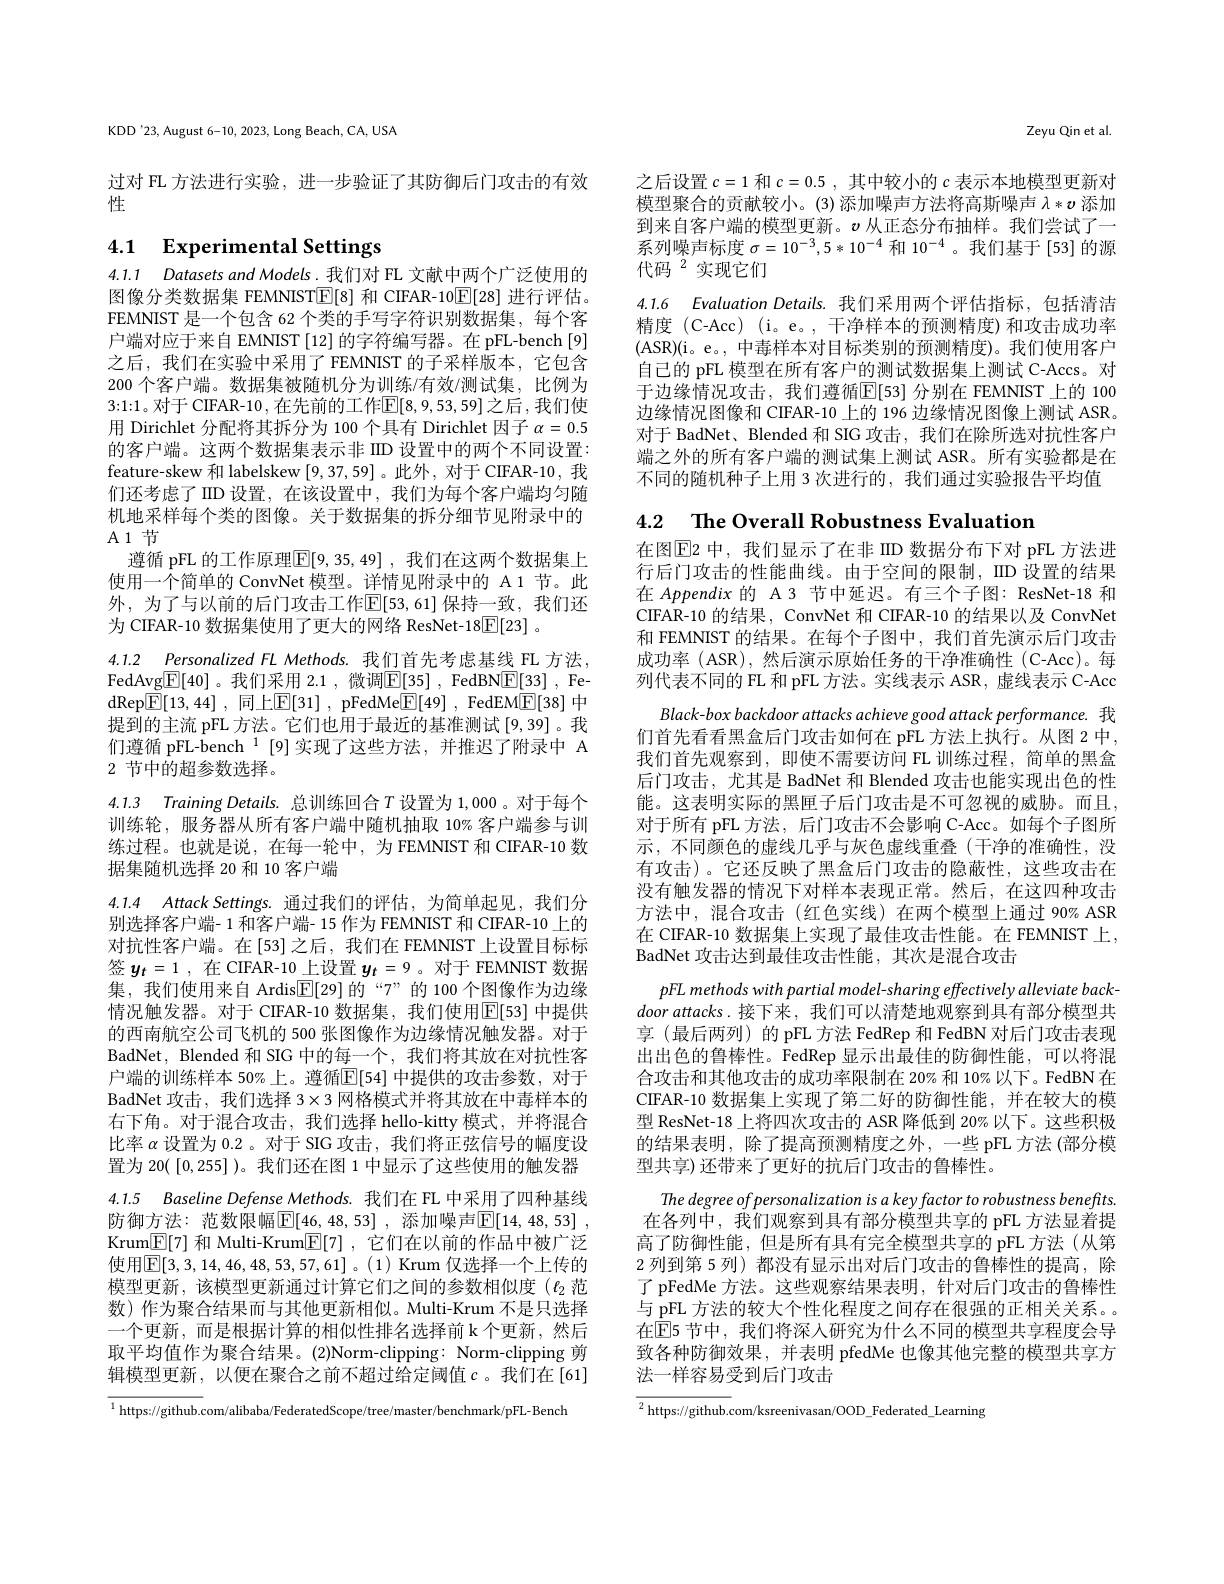
KDD'23, August 6-10, 2023, Long Beach, CA, USA

过对 FL 方法进行实验，进一步验证了其防御后门攻击的有效
性

# 4.1 Experimental Settings

4.1.1 Datasets and Models. 我们对 FL 文献中两个广泛使用的图像分类数据集 FEMNIST$\boxed{\mathbb{E}[8]}$和 CIFAR-10$\boxed{\mathbb{E}[28]}$进行评估。FEMNIST 是一个包含 62 个类的手写字符识别数据集，每个客户端对应于来自 EMNIST [12] 的字符编写器。在 pFL-bench [9] 之后，我们在实验中采用了 FEMNIST 的子采样版本，它包含200 个客户端。数据集被随机分为训练/有效/测试集，比例为3:1:1。对于 CIFAR-10 , 在先前的工作$\mathbb{E}[8,9,53,59]$ 之后 ,我们使用 Dirichlet 分配将其拆分为 100 个具有 Dirichlet 因子$\alpha=0.5$ 的客户端。这两个数据集表示非 IID 设置中的两个不同设置： feature-skew 和 labelskew [9,37,59] 。此外 ,对于 CIFAR-10 , 我们还考虑了 IID 设置，在该设置中，我们为每个客户端均匀随机地采样每个类的图像。关于数据集的拆分细节见附录中的A1节

遵循 pFL 的工作原理$\boxed{\mathbb{F}}[9,35,49]$ ,我们在这两个数据集上使用一个简单的 ConvNet 模型。详情见附录中的 A1 节。此外，为了与以前的后门攻击工作$\mathbb{E}[53,61]$ 保持一致，我们还为 CIFAR-10 数据集使用了更大的网络 ResNet-18$\boxed{\mathrm{F}}[23]$ 。

4.1.2 Personalized FL Methods.我们首先考虑基线 FL 方法， FedAvg$\boxed{\mathbb{E}}[40]$ 。我们采用 2.1 ,微调$\boxed{\mathbb{E}}[35]$ , FedBN$\boxed{\mathbb{E}}[33]$ , FedRep$\boxed{\mathrm{F} }[ 13, 44]$ , 同上$\boxed{\mathrm{F} }[ 31]$ , pFedMe$\boxed{\mathrm{F} }[ 49]$ , FedEM$\boxed{\mathrm{F}}[38]$ 中提到的主流 pFL 方法。它们也用于最近的基准测试[9,39]。我们遵循 pFL-bench $^{1}$ [9]实现了这些方法，并推迟了附录中 A 2 节中的超参数选择。

4.1.3 Training Details. 总训练回合$T$ 设置为 1,000 。对于每个训练轮，服务器从所有客户端中随机抽取 10% 客户端参与训练过程。也就是说，在每一轮中，为 FEMNIST 和 CIFAR-10 数据集随机选择 20 和 10 客户端

4.1.4 Attack Settings. 通过我们的评估，为简单起见，我们分别选择客户端- 1 和客户端- 15 作为 FEMNIST 和 CIFAR-10 上的对抗性客户端。在[53]之后，我们在 FEMNIST 上设置目标标签$y_t=1$,在 CIFAR-10\_上设置 $y_t=9$。对于 FEMNIST 数据集，我们使用来自 Ardis$\underline{\mathbb{E}}[29]$的“7”的 100 个图像作为边缘情况触发器。对于 CIFAR-10 数据集，我们使用$\overline{\mathbb{E}}[53]$ 中提供的西南航空公司飞机的 500 张图像作为边缘情况触发器。对于BadNet, Blended 和 SIG 中的每一个，我们将其放在对抗性客户端的训练样本 50%上。遵循$\overline{\mathbb{E}}[54]$ 中提供的攻击参数，对于BadNet 攻击，我们选择$3\times3$网格模式并将其放在中毒样本的右下角。对于混合攻击，我们选择 hello-kitty 模式，并将混合比率$\alpha$设置为 0.2 。对于 SIG 攻击，我们将正弦信号的幅度设置为 20( [0,255] )。我们还在图 1 中显示了这些使用的触发器4.1.5 Baseline Defense Methods. 我们在 FL 中采用了四种基线

防御方法：范数限幅$\boxed{[ }46, 48, 53]$ , 添加噪声$\boxed{\mathbb{E} }[ 14, 48, 53]$ , Krum$\boxed{\mathbb{E}}[7]$和 Multi-Krum$\boxed{\mathbb{F}}[7]$,它们在以前的作品中被广泛使用$\overline{\mathbb{E}}[3,3,14,46,48,53,57,61]$。(1) Krum 仅选择一个上传的模型更新，该模型更新通过计算它们之间的参数相似度($\ell_2$范数) 作为聚合结果而与其他更新相似。Multi-Krum 不是只选择一个更新，而是根据计算的相似性排名选择前 k 个更新，然后取平均值作为聚合结果。(2)Norm-clipping: Norm-clipping 剪辑模型更新，以便在聚合之前不超过给定阈值$c$ 。我们在 [61]

$^{1}$https://github.com/alibaba/FederatedScope/tree/master/benchmark/pFL-Bench

Zeyu Qin et al.

之后设置$c=1$和$c=0.5$,其中较小的$c$表示本地模型更新对模型聚合的贡献较小。(3) 添加噪声方法将高斯噪声$\lambda*\boldsymbol{\upsilon}$添加到来自客户端的模型更新。$v$从正态分布抽样。我们尝试了一系列噪声标度$\sigma=10^{-3},5*10^{-4}$和$10^{-4}$ 。我们基于[53] 的源代码$^{2}$实现它们
4.1.6 Evaluation Details.我们采用两个评估指标，包括清洁精度 (C-Acc) (i。e。, 干净样本的预测精度) 和攻击成功率(ASR)(i。e。, 中毒样本对目标类别的预测精度)。我们使用客户自己的 pFL 模型在所有客户的测试数据集上测试 C-Accs。对于边缘情况攻击，我们遵循$\overline{\mathbb{E}}[53]$ 分别在 FEMNIST 上的 100边缘情况图像和 CIFAR-10 上的 196 边缘情况图像上测试 ASR。对于 BadNet、Blended 和 SIG 攻击，我们在除所选对抗性客户端之外的所有客户端的测试集上测试 ASR。所有实验都是在不同的随机种子上用 3 次进行的，我们通过实验报告平均值

4.2 The Overall Robustness Evaluation

在图$\overline{\mathrm{E}}$2 中，我们显示了在非 IID 数据分布下对 pFL 方法进行后门攻击的性能曲线。由于空间的限制，IID 设置的结果在 Appendix 的 A 3 节中延迟。有三个子图：ResNet-18 和CIFAR-10 的结果，ConvNet 和 CIFAR-10 的结果以及 ConvNet 和 FEMNIST 的结果。在每个子图中，我们首先演示后门攻击成功率 (ASR), 然后演示原始任务的干净准确性 (C-Acc)。每列代表不同的 FL 和 pFL 方法。实线表示 ASR, 虚线表示 C-Acc
Black-box backdoor attacks achieve good attack performance. 我们首先看看黑盒后门攻击如何在 pFL 方法上执行。从图 2 中， 我们首先观察到，即使不需要访问 FL 训练过程，简单的黑盒后门攻击，尤其是 BadNet 和 Blended 攻击也能实现出色的性能。这表明实际的黑匣子后门攻击是不可忽视的威胁。而且对于所有 pFL 方法，后门攻击不会影响 C-Acc。如每个子图所示，不同颜色的虚线几乎与灰色虚线重叠(干净的准确性，没有攻击)。它还反映了黑盒后门攻击的隐蔽性，这些攻击在没有触发器的情况下对样本表现正常。然后，在这四种攻击方法中，混合攻击(红色实线)在两个模型上通过 90% ASR 在 CIFAR-10 数据集上实现了最佳攻击性能。在 FEMNIST 上， BadNet 攻击达到最佳攻击性能，其次是混合攻击
pFL methods with partial model- sharing effectively alleviate backdoor attacks.接下来，我们可以清楚地观察到具有部分模型共享 (最后两列) 的 pFL 方法 FedRep 和 FedBN 对后门攻击表现出出色的鲁棒性。FedRep 显示出最佳的防御性能，可以将混合攻击和其他攻击的成功率限制在 20% 和 10% 以下。FedBN 在CIFAR-10 数据集上实现了第二好的防御性能，并在较大的模型 ResNet-18 上将四次攻击的 ASR 降低到 20% 以下。这些积极的结果表明，除了提高预测精度之外，一些 pFL 方法 (部分模型共享) 还带来了更好的抗后门攻击的鲁棒性。
The degree of personalization is a key factor to robustness benefits 在各列中，我们观察到具有部分模型共享的 pFL 方法显着提高了防御性能，但是所有具有完全模型共享的 pFL 方法(从第2 列到第 5 列) 都没有显示出对后门攻击的鲁棒性的提高，除了 pFedMe 方法。这些观察结果表明，针对后门攻击的鲁棒性与 pFL 方法的较大个性化程度之间存在很强的正相关关系。在$\overline{\mathbb{E}}$5 节中，我们将深人研究为什么不同的模型共享程度会导致各种防御效果，并表明 pfedMe 也像其他完整的模型共享方法一样容易受到后门攻击
$\overline{{^2\text{https://github.}}}$com/ksreenivasan/OOD\_Federated\_Learning